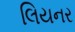
લિયનર